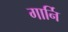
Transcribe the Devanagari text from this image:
गार्नि